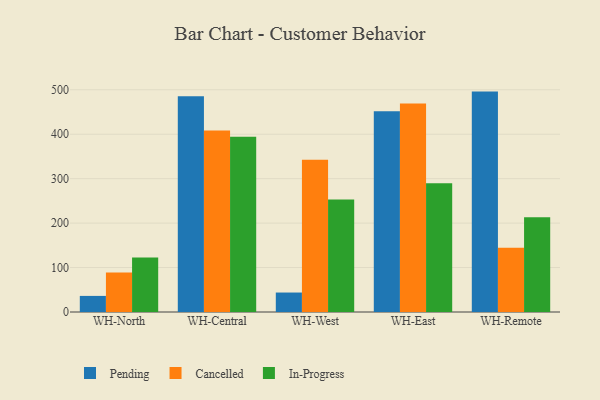
{"axis": {"x": "Warehouse", "y": "Revenue (USD Million)"}, "legend": ["Cancelled", "In-Progress", "Pending"], "data": [{"x": "WH-North", "y": 36.2, "type": "Pending"}, {"x": "WH-North", "y": 88.6, "type": "Cancelled"}, {"x": "WH-North", "y": 122.7, "type": "In-Progress"}, {"x": "WH-Central", "y": 485.3, "type": "Pending"}, {"x": "WH-Central", "y": 408.6, "type": "Cancelled"}, {"x": "WH-Central", "y": 394.2, "type": "In-Progress"}, {"x": "WH-West", "y": 43.8, "type": "Pending"}, {"x": "WH-West", "y": 342.4, "type": "Cancelled"}, {"x": "WH-West", "y": 253.1, "type": "In-Progress"}, {"x": "WH-East", "y": 451.5, "type": "Pending"}, {"x": "WH-East", "y": 468.9, "type": "Cancelled"}, {"x": "WH-East", "y": 289.8, "type": "In-Progress"}, {"x": "WH-Remote", "y": 495.9, "type": "Pending"}, {"x": "WH-Remote", "y": 144.4, "type": "Cancelled"}, {"x": "WH-Remote", "y": 213.3, "type": "In-Progress"}]}